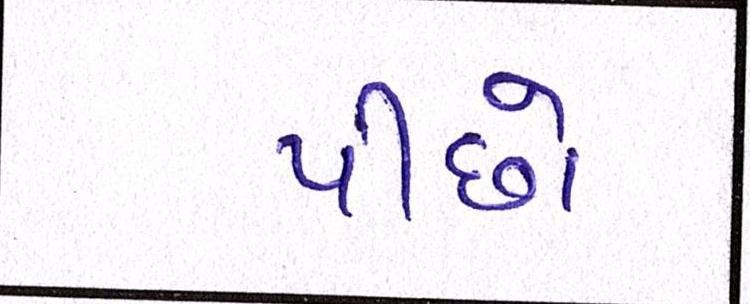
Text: પીછો